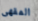
المقهى